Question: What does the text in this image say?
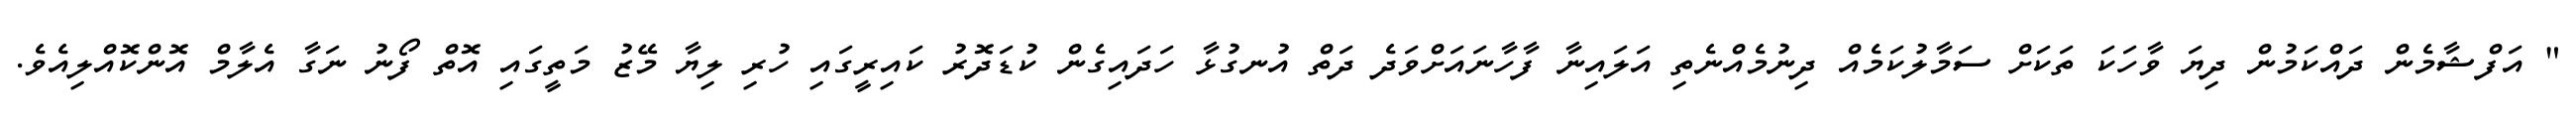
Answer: " އަފްޝާމެން ދައްކަމުން ދިޔަ ވާހަކަ ތަކަށް ސަމާލުކަމެއް ދިނުމެއްނެތި އަލައިނާ ފާހާނައަށްވަދެ ދަތް އުނގުޅާ ހަދައިގެން ކުޑަދޮރު ކައިރީގައި ހުރި ލިޔާ މޭޒު މަތީގައި އޮތް ފޯނު ނަގާ އެލާމް އޮންކޮއްލިއެވެ.